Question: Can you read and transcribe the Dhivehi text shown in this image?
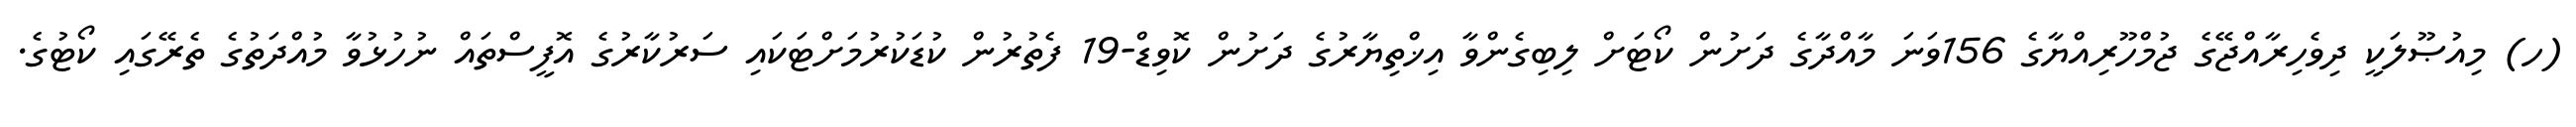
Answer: (ހ) މިއުޞޫލަކީ ދިވެހިރާއްޖޭގެ ޖުމްހޫރިއްޔާގެ 156ވަނަ މާއްދާގެ ދަށުން ކޯޓަށް ލިބިގެންވާ އިޚްތިޔާރުގެ ދަށުން ކޮވިޑް-19 ފެތުރުން ކުޑަކުރުމަށްޓަކައި ސަރުކާރުގެ އޮފީސްތައް ނުހުޅުވާ މުއްދަތުގެ ތެރޭގައި ކޯޓުގެ.